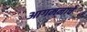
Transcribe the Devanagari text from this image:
आगमनाचे